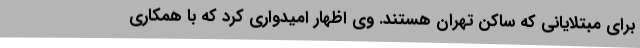
برای مبتلایانی که ساکن تهران هستند. وی اظهار امیدواری کرد که با همکاری